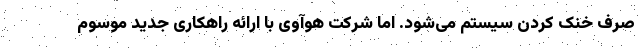
صرف خنک کردن سیستم می‌شود. اما شرکت هوآوی با ارائه راهکاری جدید موسوم